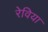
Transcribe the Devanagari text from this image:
रेविया